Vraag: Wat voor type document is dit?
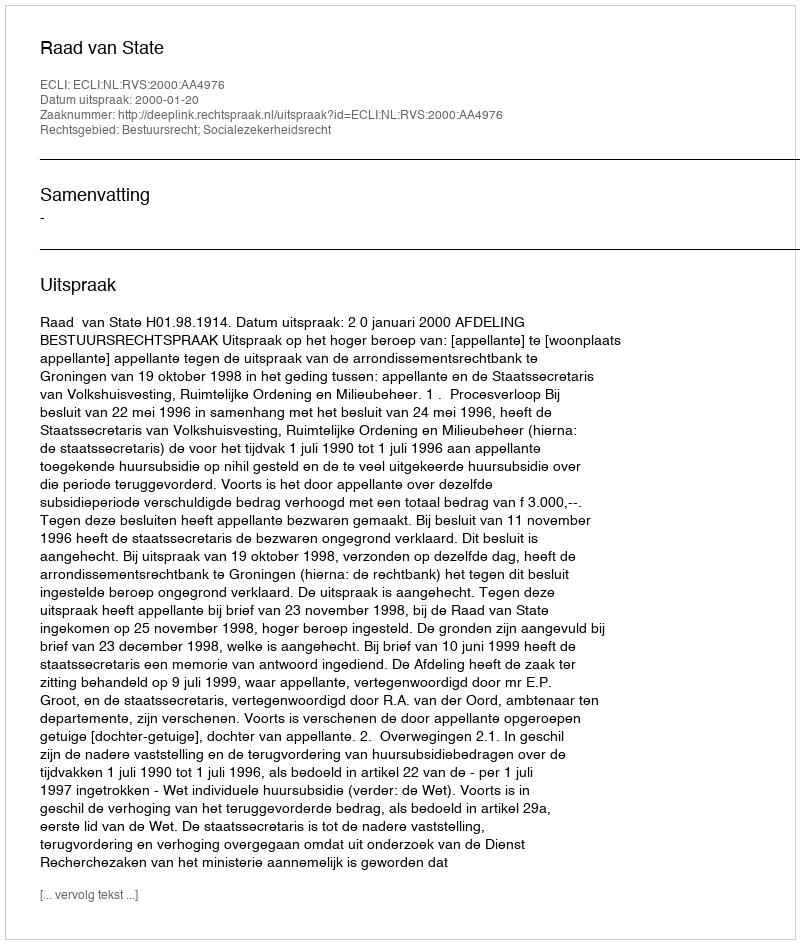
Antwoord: Uitspraak